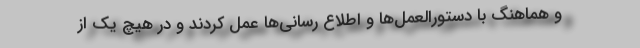
و هماهنگ با دستورالعمل‌ها و اطلاع رسانی‌ها عمل کردند و در هیچ یک از